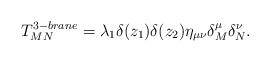
LaTeX: \begin{align*}T^{3-brane}_{MN}=\lambda_1\delta(z_1)\delta(z_2)\eta_{\mu\nu}\delta^\mu_M\delta^\nu_N.\end{align*}